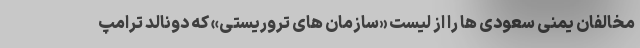
مخالفان یمنی سعودی ها را از لیست «سازمان های تروریستی» که دونالد ترامپ